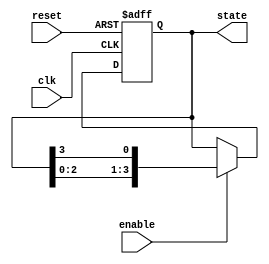
module variable_length_ring_counter #(
    parameter N = 4  // Default size of the counter
)(
    input wire clk,          // Clock input
    input wire reset,        // Reset input
    input wire enable,       // Enable input
    output reg [N-1:0] state // Current state output
);

// Initialization of the state register
initial begin
    state = {N-1{1'b0}}; // Initialize all bits to 0
    state[0] = 1'b1;     // Set the initial state with a single '1'
end

// Always block for state transition
always @(posedge clk or posedge reset) begin
    if (reset) begin
        // Reset the counter to the initial state
        state <= {N-1{1'b0}};
        state[0] <= 1'b1;
    end else if (enable) begin
        // Shift the '1' bit to the right and wrap around
        state <= {state[N-2:0], state[N-1]};
    end
end

endmodule